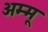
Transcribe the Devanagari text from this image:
अम्मू